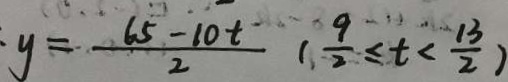
y = \frac { 6 5 - 1 0 t } { 2 } ( \frac { 9 } { 2 } \leq t < \frac { 1 3 } { 2 } )